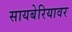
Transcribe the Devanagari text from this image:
सायबेरियावर